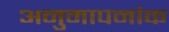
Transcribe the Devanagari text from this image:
अनुमापनांक